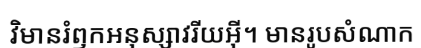
វិមានរំឭកអនុស្សាវរីយអ៊ី។ មានរូបសំណាក